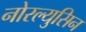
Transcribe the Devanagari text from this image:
नोरल्युसिन